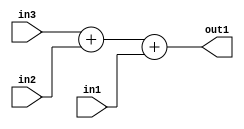
`timescale 1ps / 1ps
/*****************************************************************************
    Verilog RTL Description
    
    
    Created by: Stratus DpOpt 2019.1.01 
*******************************************************************************/

module st_weight_addr_gen_Add3u1u1u1_4 (
	in3,
	in2,
	in1,
	out1
	); /* architecture "behavioural" */ 
input  in3,
	in2,
	in1;
output [1:0] out1;
wire [1:0] asc001;

wire [1:0] asc001_tmp_0;
assign asc001_tmp_0 = 
	+(in3)
	+(in2);
assign asc001 = asc001_tmp_0
	+(in1);

assign out1 = asc001;
endmodule

/* CADENCE  ubnzTAo= : u9/ySgnWtBlWxVPRXgAZ4Og= ** DO NOT EDIT THIS LINE ******/